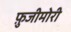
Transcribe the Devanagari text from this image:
फ़ुजीमोरी